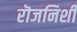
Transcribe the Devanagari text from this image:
रॊजनिशी